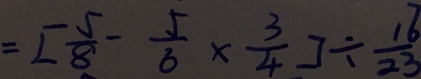
= [ \frac { 5 } { 8 } - \frac { 5 } { 8 } \times \frac { 3 } { 4 } ] \div \frac { 1 6 } { 2 3 }